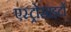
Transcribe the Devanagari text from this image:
एस्ट्रोसाइटों